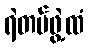
ရဲတပ်ဖွဲ့ထံ